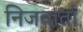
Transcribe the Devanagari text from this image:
निजवार्ता